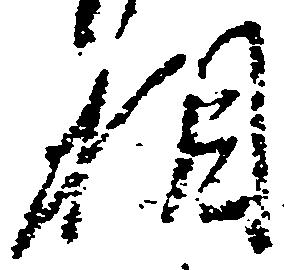
相